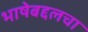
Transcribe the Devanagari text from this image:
भाषेबद्दलचा